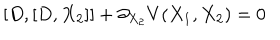
[ D , [ D , X _ { 2 } ] ] + \partial _ { X _ { 2 } } V ( X _ { 1 } , X _ { 2 } ) = 0